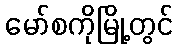
မော်စကိုမြို့တွင်